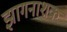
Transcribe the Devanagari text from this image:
झागनाशक